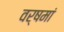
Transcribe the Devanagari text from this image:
वर्षमां